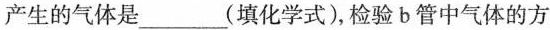
产生的气体是___(填化学式)，检验b管中气体的方